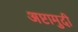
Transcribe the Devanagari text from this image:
अष्टामुदी